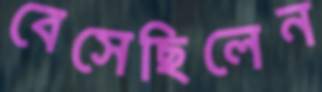
বেসেছিলেন